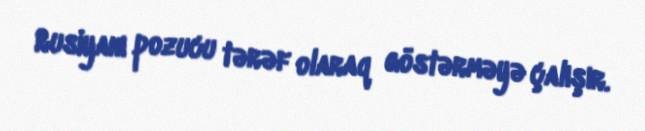
Rusiyanı pozucu tərəf olaraq göstərməyə çalışır.